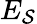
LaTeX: E_{\mathcal{S}}